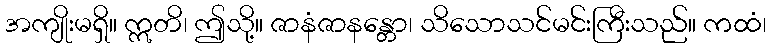
အကျိုးမရှိ။ ဣတိ၊ ဤသို့။ ဇာနံဇာနန္တော၊ သိသောသင်မင်းကြီးသည်။ ကထံ၊